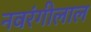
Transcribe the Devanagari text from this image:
नवरंगीलाल